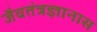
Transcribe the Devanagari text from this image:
जैवतंत्रज्ञानास